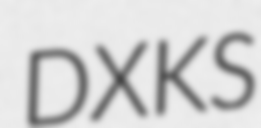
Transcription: DXKS